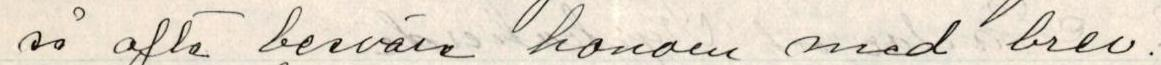
så ofta besväre honom med brev.